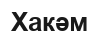
Хакәм